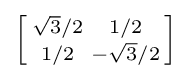
\left[{\begin{smallmatrix}{\sqrt {3}}/2&1/2\\1/2&-{\sqrt {3}}/2\\\end{smallmatrix}}\right]